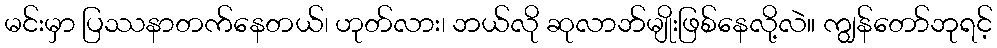
မင်းမှာ ပြဿနာတက်နေတယ်၊ ဟုတ်လား၊ ဘယ်လို ဆုလာဘ်မျိုးဖြစ်နေလို့လဲ။ ကျွန်တော်ဘုရင့်